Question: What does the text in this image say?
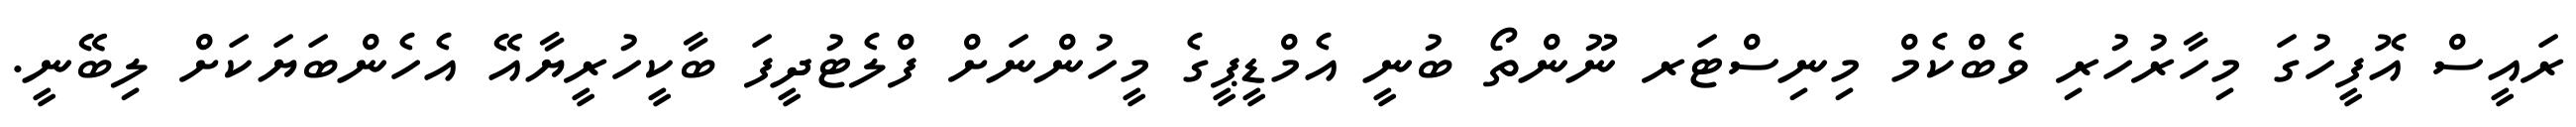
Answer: ރައީސް އޮފީހުގަ މިހާރުހުރި ވެބްކެމް މިނިސްޓަރ ނޫންތޯ ބުނީ އެމްޑީޕީގެ މީހުންނަށް ފްލެޓުދީފަ ބާކީހުރީޔާއޭ އެހެންބަޔަކަށް ލިބޭނީ.